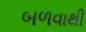
બળવાથી